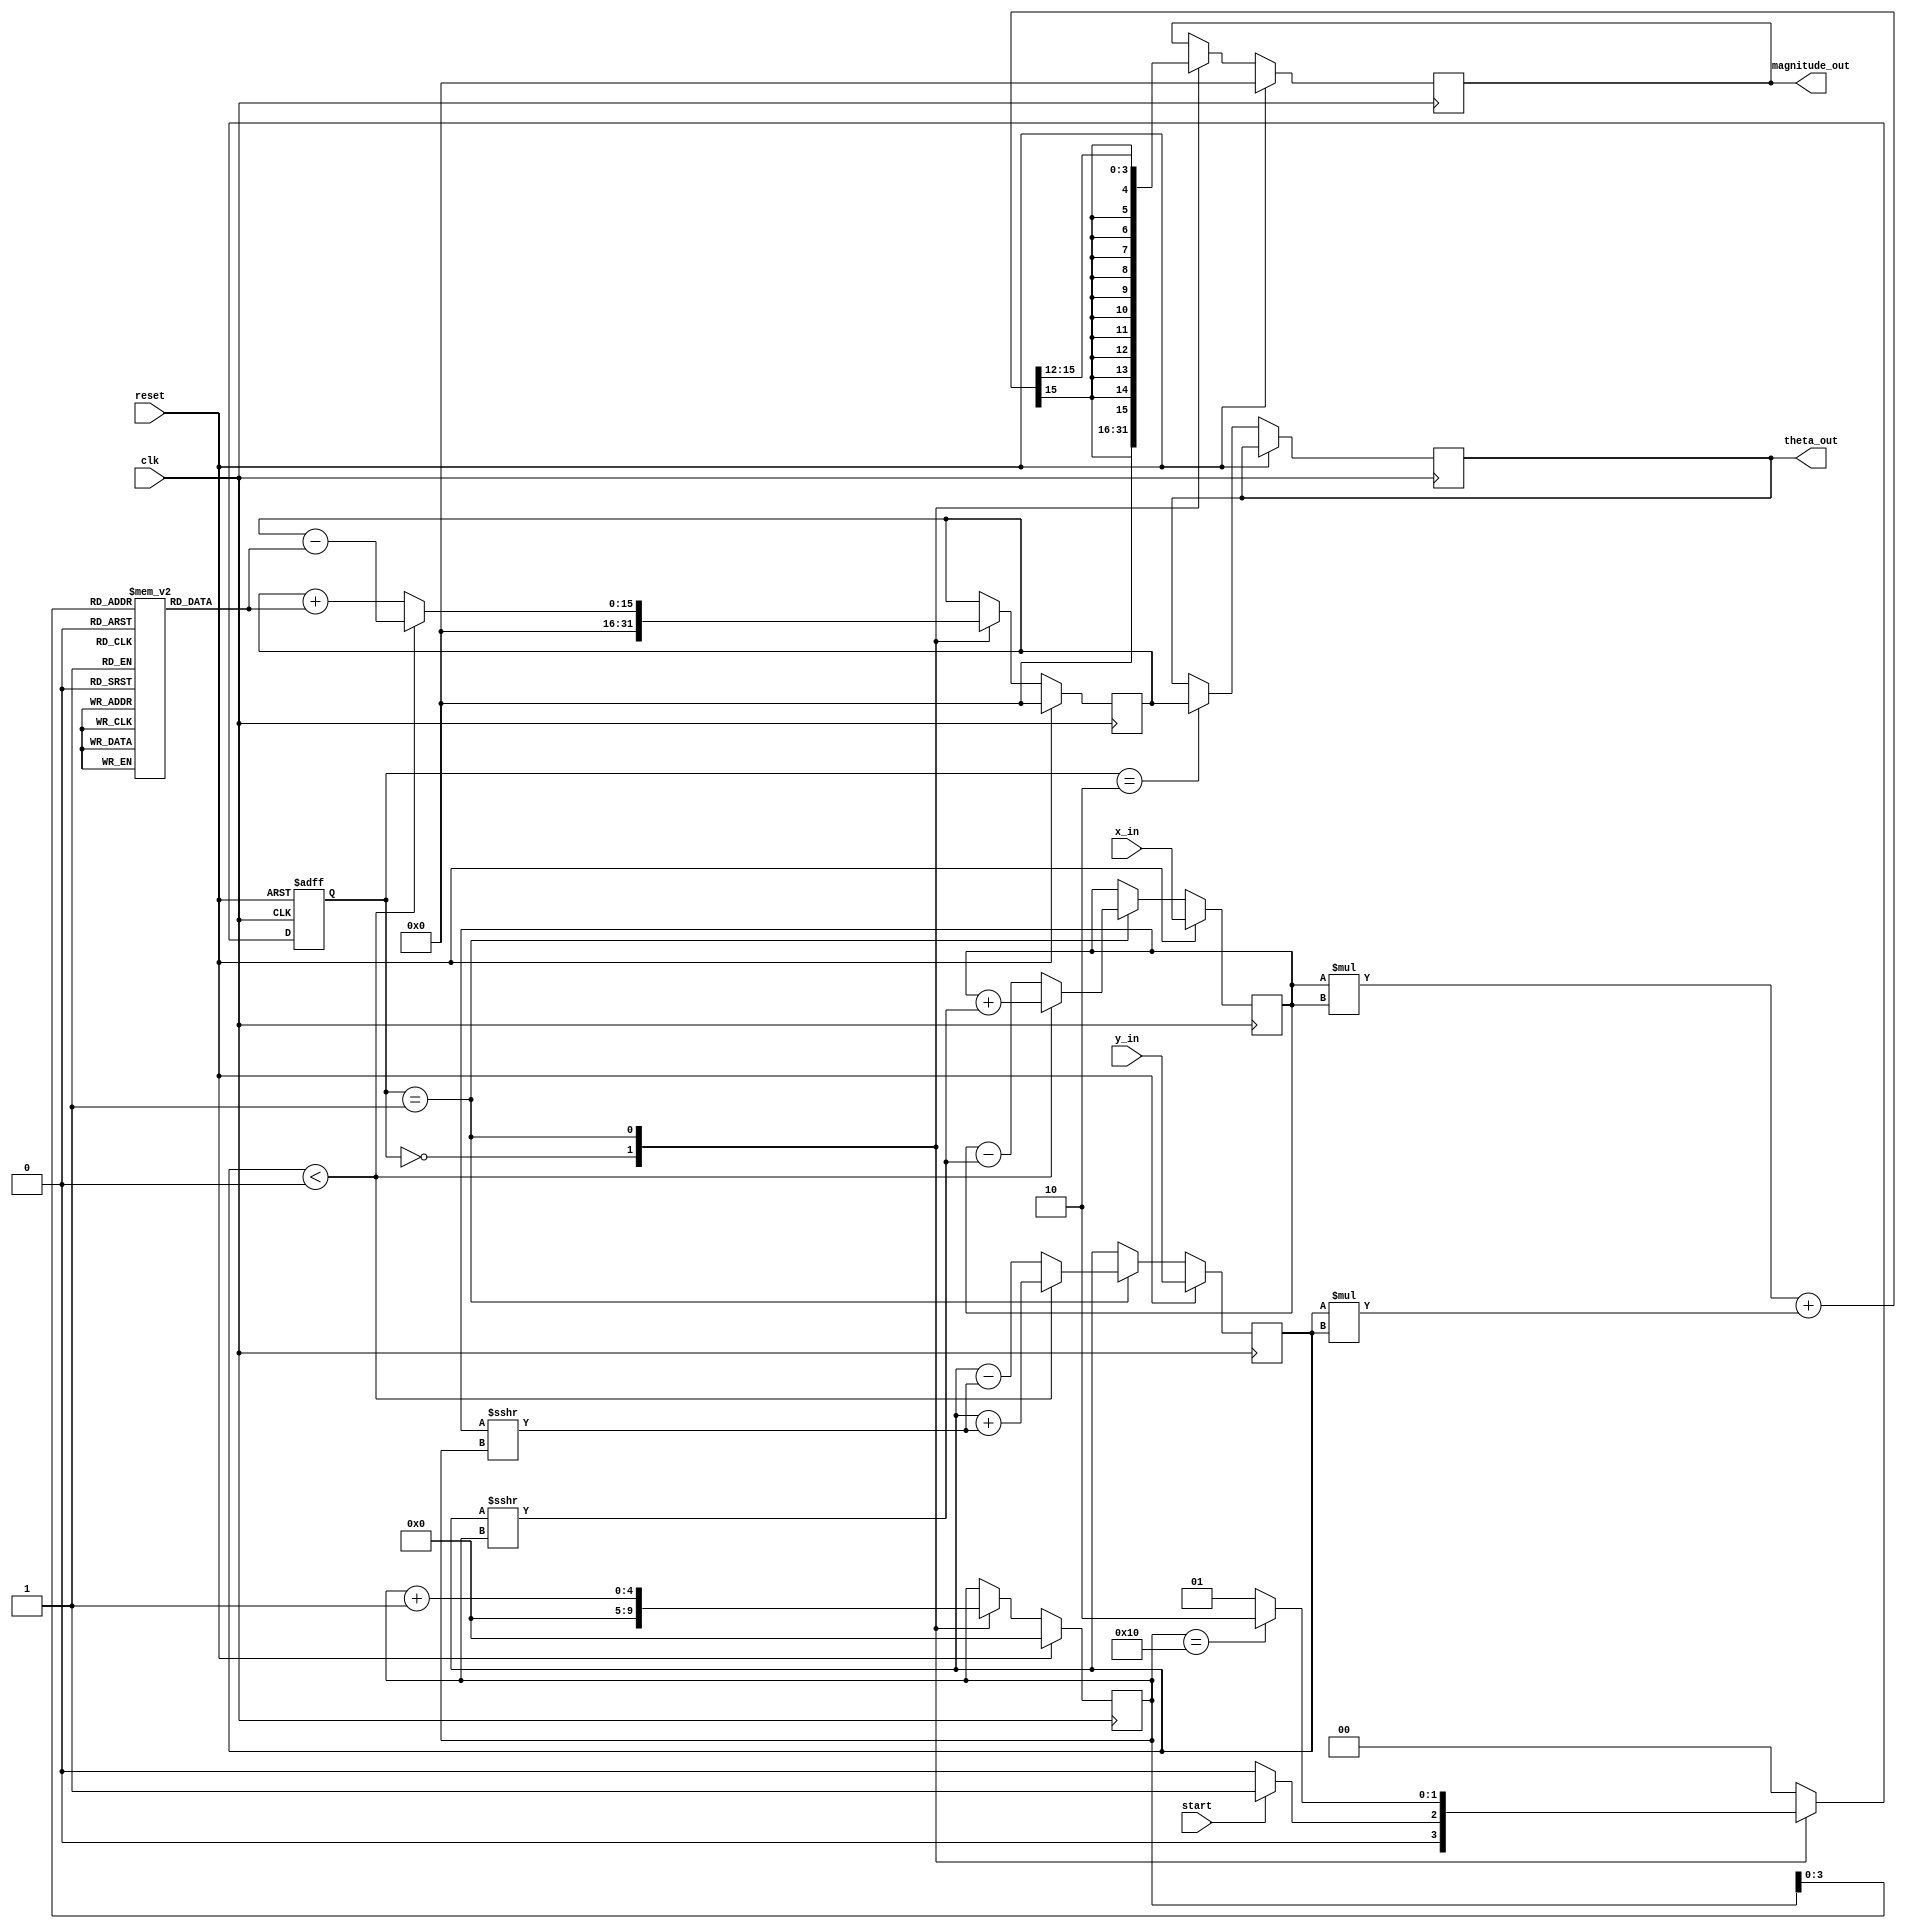
module vectoring_cordic #(
    parameter WIDTH = 16,       // Total bit width for fixed-point representation
    parameter FRAC_WIDTH = 12,  // Fractional bit width
    parameter ITERATIONS = 16    // Number of CORDIC iterations
)(
    input wire signed [WIDTH-1:0] x_in,   // Input x coordinate
    input wire signed [WIDTH-1:0] y_in,   // Input y coordinate
    input wire start,                     // Start signal
    input wire reset,                     // Asynchronous reset
    input wire clk,                       // Clock signal
    output reg signed [WIDTH-1:0] theta_out,   // Output angle
    output reg signed [WIDTH-1:0] magnitude_out // Output magnitude
);

    // Internal registers
    reg signed [WIDTH-1:0] x;
    reg signed [WIDTH-1:0] y;
    reg signed [WIDTH-1:0] theta;
    reg [4:0] iteration_count; // 5 bits to count up to ITERATIONS
    reg [1:0] state;           // State variable
    reg [1:0] next_state;      // Next state variable

    // CORDIC gain (for normalization)
    localparam signed [WIDTH-1:0] K = 16'h26DD; // Approximation of 0.607 (K = 1/sqrt(1 + 2^(-2)))

    // Precomputed arctan values (in fixed-point format)
    reg signed [WIDTH-1:0] atan_table [0:ITERATIONS-1];
    initial begin
        // Populate atan_table with precomputed values
        atan_table[0] = 16'h2000; // atan(2^-0)
        atan_table[1] = 16'h1333; // atan(2^-1)
        atan_table[2] = 16'h0A3D; // atan(2^-2)
        atan_table[3] = 16'h0523; // atan(2^-3)
        atan_table[4] = 16'h028F; // atan(2^-4)
        atan_table[5] = 16'h0143; // atan(2^-5)
        atan_table[6] = 16'h00A0; // atan(2^-6)
        atan_table[7] = 16'h0051; // atan(2^-7)
        atan_table[8] = 16'h0028; // atan(2^-8)
        atan_table[9] = 16'h0014; // atan(2^-9)
        atan_table[10] = 16'h000A; // atan(2^-10)
        atan_table[11] = 16'h0005; // atan(2^-11)
        atan_table[12] = 16'h0002; // atan(2^-12)
        atan_table[13] = 16'h0001; // atan(2^-13)
        atan_table[14] = 16'h0001; // atan(2^-14)
        atan_table[15] = 16'h0000; // atan(2^-15)
    end

    // State encoding
    localparam IDLE = 2'b00;
    localparam COMPUTE = 2'b01;
    localparam DONE = 2'b10;

    // State transition logic
    always @(posedge clk or posedge reset) begin
        if (reset) begin
            state <= IDLE;
        end else begin
            state <= next_state;
        end
    end

    // Next state and computation logic
    always @(*) begin
        case (state)
            IDLE: begin
                if (start) begin
                    next_state = COMPUTE;
                end else begin
                    next_state = IDLE;
                end
            end
            COMPUTE: begin
                if (iteration_count == ITERATIONS) begin
                    next_state = DONE;
                end else begin
                    next_state = COMPUTE;
                end
            end
            DONE: begin
                next_state = IDLE; // Go back to idle after done
            end
            default: next_state = IDLE;
        endcase
    end

    // Computation logic
    always @(posedge clk) begin
        if (reset) begin
            x <= x_in;
            y <= y_in;
            theta <= 0;
            iteration_count <= 0;
            magnitude_out <= 0;
        end else begin
            case (state)
                IDLE: begin
                    iteration_count <= 0; // Reset iteration count
                    theta <= 0; // Reset theta
                    magnitude_out <= 0; // Reset magnitude
                end
                COMPUTE: begin
                    // Compute magnitude (optional)
                    magnitude_out <= (x * x + y * y) >>> (FRAC_WIDTH); // Magnitude = sqrt(x^2 + y^2) (approximation)

                    // CORDIC iteration
                    if (y < 0) begin
                        x <= x + (y >>> iteration_count); // x_new = x + (y * 2^-i)
                        y <= y + (x >>> iteration_count); // y_new = y - (x * 2^-i)
                        theta <= theta - atan_table[iteration_count]; // theta = theta - atan(2^-i)
                    end else begin
                        x <= x - (y >>> iteration_count); // x_new = x - (y * 2^-i)
                        y <= y - (x >>> iteration_count); // y_new = y + (x * 2^-i)
                        theta <= theta + atan_table[iteration_count]; // theta = theta + atan(2^-i)
                    end
                    iteration_count <= iteration_count + 1; // Increment iteration count
                end
                DONE: begin
                    theta_out <= theta; // Output the final angle
                end
            endcase
        end
    end

endmodule